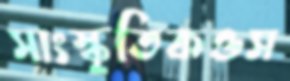
সাংস্কৃতিকওস